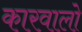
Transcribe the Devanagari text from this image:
कारवालो